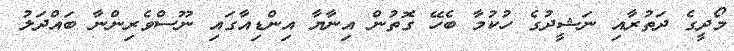
މޯދީގެ ދަތުރާއި ނަޝީދުގެ ހުކުމާ ބެހޭ ގޮތުން އިނާޔާ އިންޑިއާގައި ނޫސްވެރިންނާ ބައްދަލު